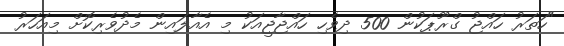
"ހަތަރު ހައްޖު ގްރޫޕަކުން 500 ދިވެހި ހައްޖާޖީއަކު މި އެއާލައިން މެދުވެރިކޮށް މިއަހަރު